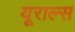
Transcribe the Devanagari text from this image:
यूराल्स